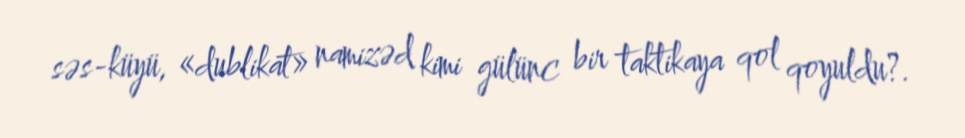
səs-küyü, «dublikat» namizəd kimi gülünc bir taktikaya qol qoyuldu?.